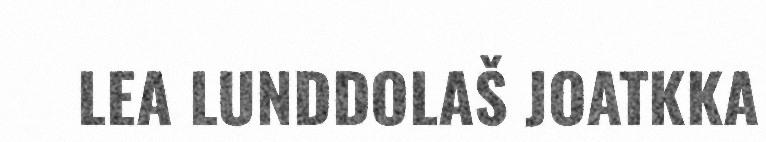
LEA LUNDDOLAŠ JOATKKA